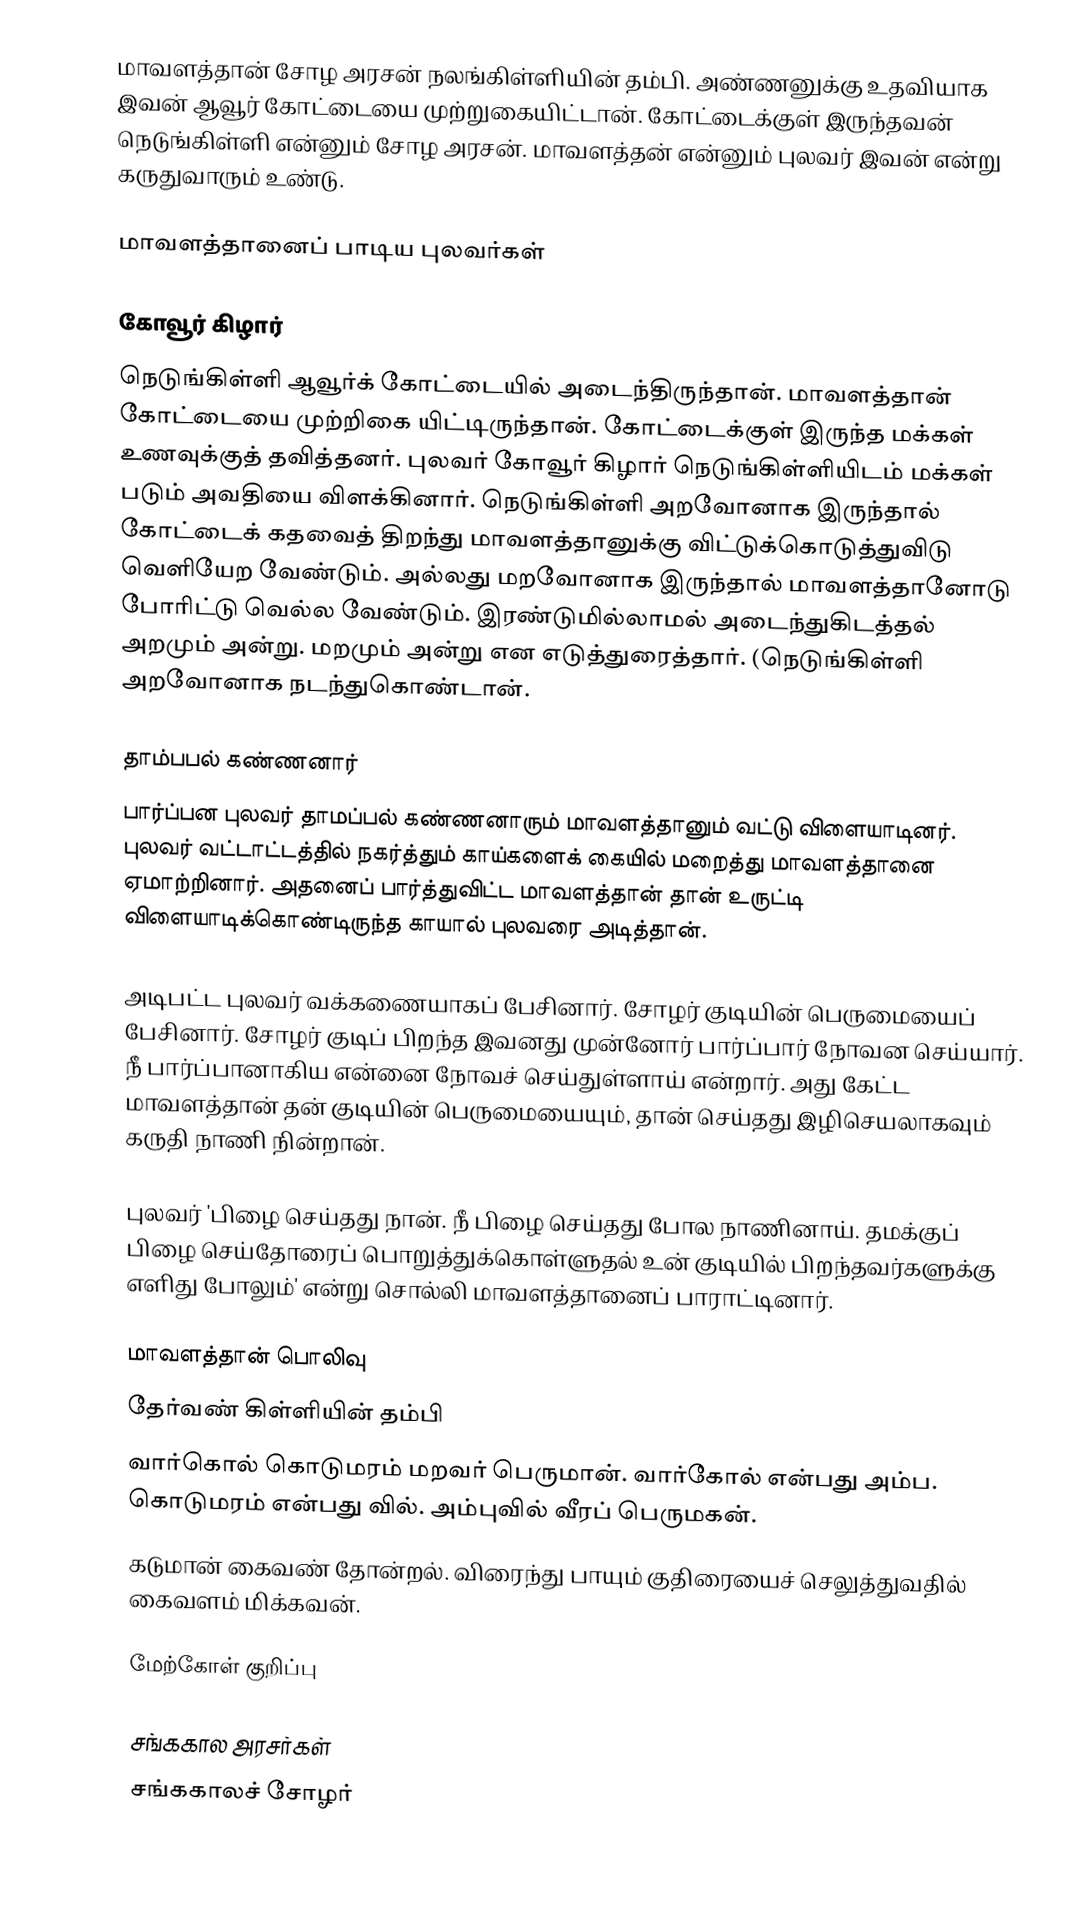
மாவளத்தான் சோழ அரசன் நலங்கிள்ளியின் தம்பி. அண்ணனுக்கு உதவியாக இவன் ஆவூர் கோட்டையை முற்றுகையிட்டான். கோட்டைக்குள் இருந்தவன் நெடுங்கிள்ளி என்னும் சோழ அரசன். மாவளத்தன் என்னும் புலவர் இவன் என்று கருதுவாரும் உண்டு.

மாவளத்தானைப் பாடிய புலவர்கள்

கோவூர் கிழார்
நெடுங்கிள்ளி ஆவூர்க் கோட்டையில் அடைந்திருந்தான். மாவளத்தான் கோட்டையை முற்றிகை யிட்டிருந்தான். கோட்டைக்குள் இருந்த மக்கள் உணவுக்குத் தவித்தனர். புலவர் கோவூர் கிழார் நெடுங்கிள்ளியிடம் மக்கள் படும் அவதியை விளக்கினார். நெடுங்கிள்ளி அறவோனாக இருந்தால் கோட்டைக் கதவைத் திறந்து மாவளத்தானுக்கு விட்டுக்கொடுத்துவிடு வெளியேற வேண்டும். அல்லது மறவோனாக இருந்தால் மாவளத்தானோடு போரிட்டு வெல்ல வேண்டும். இரண்டுமில்லாமல் அடைந்துகிடத்தல் அறமும் அன்று. மறமும் அன்று என எடுத்துரைத்தார். (நெடுங்கிள்ளி அறவோனாக நடந்துகொண்டான்.

தாம்பபல் கண்ணனார்
பார்ப்பன புலவர் தாமப்பல் கண்ணனாரும் மாவளத்தானும் வட்டு விளையாடினர். புலவர் வட்டாட்டத்தில் நகர்த்தும்  காய்களைக் கையில் மறைத்து மாவளத்தானை ஏமாற்றினார். அதனைப் பார்த்துவிட்ட மாவளத்தான் தான் உருட்டி விளையாடிக்கொண்டிருந்த காயால் புலவரை அடித்தான்.

அடிபட்ட புலவர் வக்கணையாகப் பேசினார். சோழர் குடியின் பெருமையைப் பேசினார். சோழர் குடிப் பிறந்த இவனது முன்னோர் பார்ப்பார் நோவன செய்யார். நீ பார்ப்பானாகிய என்னை நோவச் செய்துள்ளாய் என்றார். அது கேட்ட மாவளத்தான் தன் குடியின் பெருமையையும், தான் செய்தது இழிசெயலாகவும் கருதி நாணி நின்றான்.

புலவர் 'பிழை செய்தது நான். நீ பிழை செய்தது போல நாணினாய். தமக்குப் பிழை செய்தோரைப் பொறுத்துக்கொள்ளுதல் உன் குடியில் பிறந்தவர்களுக்கு எளிது போலும்' என்று சொல்லி மாவளத்தானைப் பாராட்டினார்.

மாவளத்தான் பொலிவு
 தேர்வண் கிள்ளியின் தம்பி
 வார்கொல் கொடுமரம் மறவர் பெருமான். வார்கோல் என்பது அம்ப. கொடுமரம் என்பது வில். அம்புவில் வீரப் பெருமகன்.
 கடுமான் கைவண் தோன்றல். விரைந்து பாயும் குதிரையைச் செலுத்துவதில் கைவளம் மிக்கவன்.

மேற்கோள் குறிப்பு

சங்ககால அரசர்கள்
சங்ககாலச் சோழர்